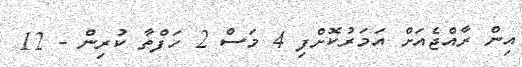
އިން ރާއްޖެއަށް އަމަރުކޮށްފި 4 މަސް 2 ހަފްތާ ކުރިން - 12